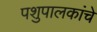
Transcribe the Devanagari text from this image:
पशुपालकांचे